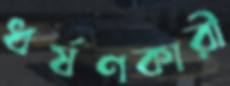
ধর্ষণকারী